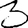
Digit: 3